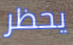
يحظر